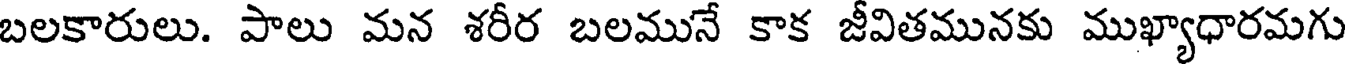
బలకారులు. పాలు మన శరీర బలమునే కాక జీవితమునకు ముఖ్యాధారమగు